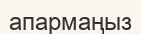
апармаңыз